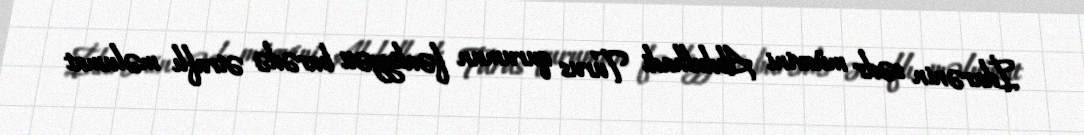
İdarənin sədr müavini Abdulhadi Turus qurumun fəaliyyəti barədə ətraflı məlumat